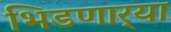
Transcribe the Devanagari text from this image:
भिडणार्‍या